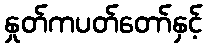
နှုတ်ကပတ်တော်နှင့်